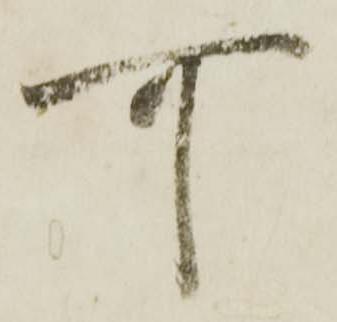
可